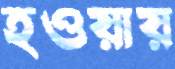
হওয়ায়